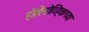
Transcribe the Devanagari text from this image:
होलेसोव्हिकच्या